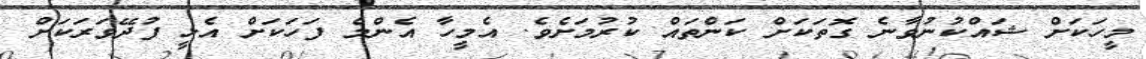
މީހަކަށް ޝައްކުނުވާނެ ގޮތަކަށް ކަންތައް ކުރުމަށެވެ. އެމީހާ އެންމެ ފަހަކަށް އެޅީ ފުދޭވަރަކަށް